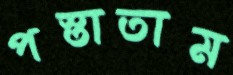
পস্তাতাম